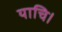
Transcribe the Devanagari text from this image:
याचि।